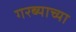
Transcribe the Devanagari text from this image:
गरब्याच्या